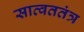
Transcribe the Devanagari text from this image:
सात्वततंत्र